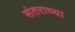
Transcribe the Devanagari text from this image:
संतराच्या